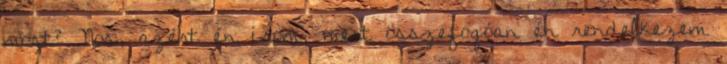
most? Nos, azért én írom, mert összefogóan én rendelkezem